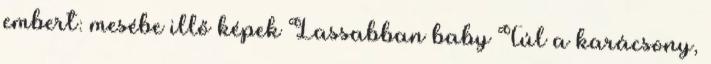
embert: mesébe illő képek Lassabban baby Túl a karácsony,